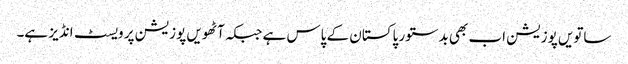
ساتویں پوزیشن اب بھی بدستور پاکستان کے پاس ہے جبکہ آٹھویں پوزیشن پر ویسٹ انڈیز ہے۔